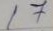
17